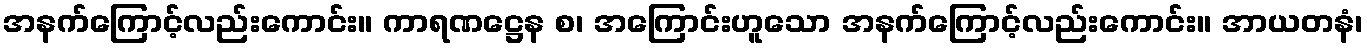
အနက်ကြောင့်လည်းကောင်း။ ကာရဏဋ္ဌေန စ၊ အကြောင်းဟူသော အနက်ကြောင့်လည်းကောင်း။ အာယတနံ၊